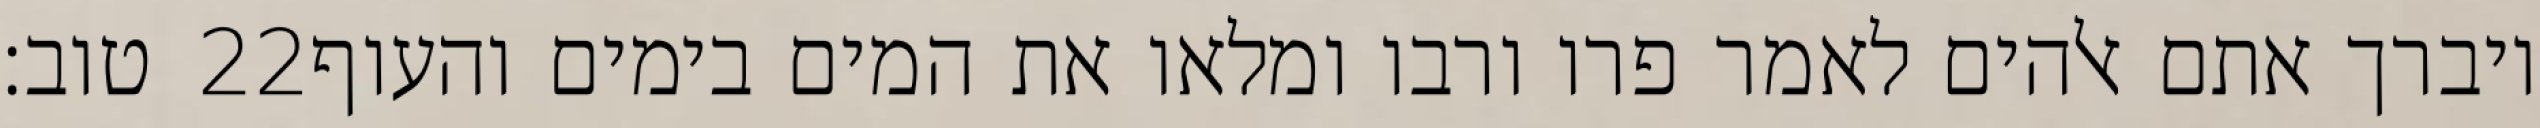
טוב׃ ‎22‏ ויברך אתם אלהים לאמר פרו ורבו ומלאו את המים בימים והעוף